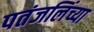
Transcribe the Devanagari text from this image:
पतंजलिंच्या